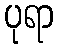
ပုရာ